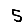
Digit: 5